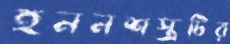
হননশস্ত্রটির